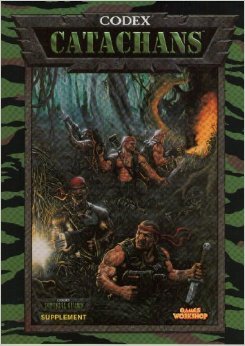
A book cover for Warhammer 40, 000 Codex: Catachans; Jervis Johnson; Science Fiction & Fantasy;